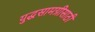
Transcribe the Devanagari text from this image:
युद्धसामग्रीसाठी